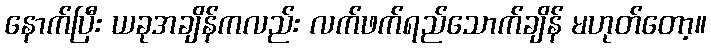
နောက်ပြီး ယခုအချိန်ကလည်း လက်ဖက်ရည်သောက်ချိန် မဟုတ်တော့။